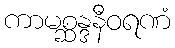
ကာမစ္ဆန္ဒနီဝရဏံ